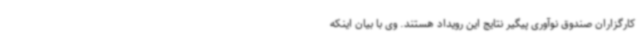
کارگزاران صندوق نوآوری پیگیر نتایج این رویداد هستند. وی با بیان اینکه